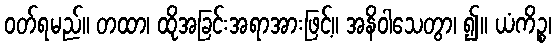
ဝတ်ရမည်။ တထာ၊ ထိုအခြင်းအရာအားဖြင့်။ အနိဝါသေတွာ၊ ၍။ ယံကိဉ္စ၊